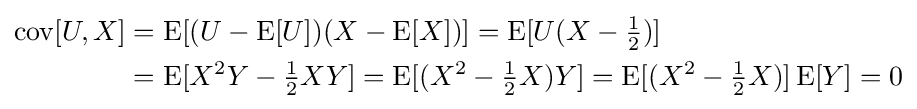
{\begin{aligned}\operatorname {cov} [U,X]&=\operatorname {E} [(U-\operatorname {E} [U])(X-\operatorname {E} [X])]=\operatorname {E} [U(X-{\tfrac {1}{2}})]\\&=\operatorname {E} [X^{2}Y-{\tfrac {1}{2}}XY]=\operatorname {E} [(X^{2}-{\tfrac {1}{2}}X)Y]=\operatorname {E} [(X^{2}-{\tfrac {1}{2}}X)]\operatorname {E} [Y]=0\end{aligned}}